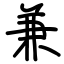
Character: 兼